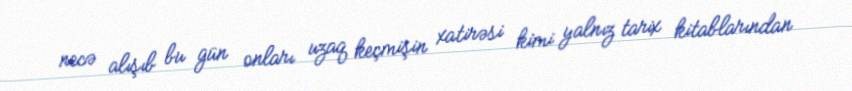
necə alışıb bu gün onları uzaq keçmişin xatirəsi kimi yalnız tarix kitablarından